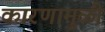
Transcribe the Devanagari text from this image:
कारणामुळीं